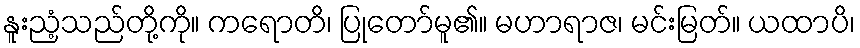
နူးညံ့သည်တို့ကို။ ကရောတိ၊ ပြုတော်မူ၏။ မဟာရာဇ၊ မင်းမြတ်။ ယထာပိ၊